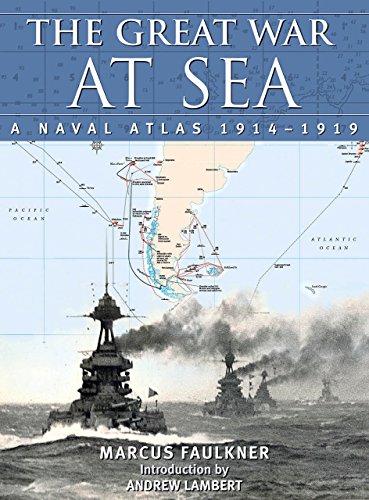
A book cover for The Great War at Sea: A Naval Atlas, 1914-1919; Marcus Faulkner; History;